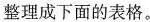
整理成下面的表格。